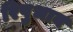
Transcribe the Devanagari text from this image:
रिपुभाव